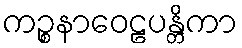
ကဉ္စနာဝေဠပန္တိကာ